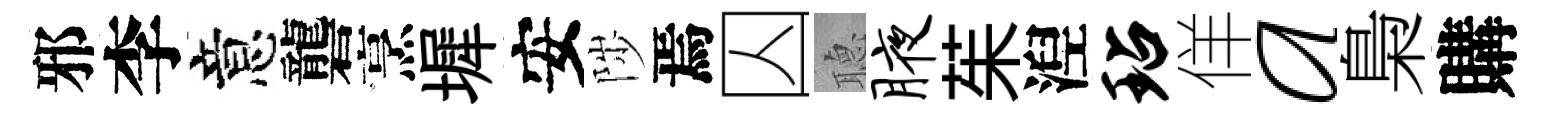
邪李意礱烹墀安陟焉囚𦗟腋茱湼玷佯a梟購